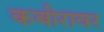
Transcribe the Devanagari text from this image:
कबीरावर